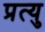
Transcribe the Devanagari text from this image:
प्रत्यु